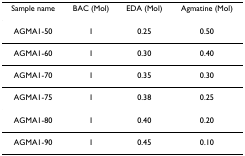
| Sample name | BAC (Mol) | EDA (Mol) | Agmatine (Mol) |
 | --- | --- | --- | --- |
 | AGMA1-50 | 1 | 0.25 | 0.50 |
 | AGMA1-60 | 1 | 0.30 | 0.40 |
 | AGMA1-70 | 1 | 0.35 | 0.30 |
 | AGMA1-75 | 1 | 0.38 | 0.25 |
 | AGMA1-80 | 1 | 0.40 | 0.20 |
 | AGMA1-90 | 1 | 0.45 | 0.10 |